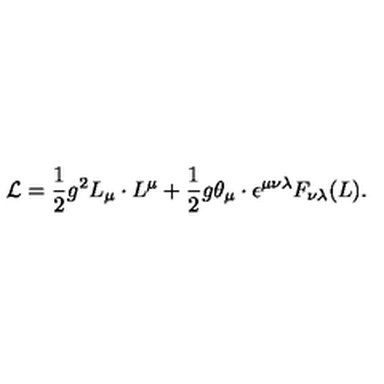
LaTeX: { \cal L } = \frac { 1 } { 2 } g ^ { 2 } L _ { \mu } \cdot L ^ { \mu } + \frac { 1 } { 2 } g \theta _ { \mu } \cdot \epsilon ^ { \mu \nu \lambda } F _ { \nu \lambda } ( L ) .